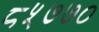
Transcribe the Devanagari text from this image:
८५७७०